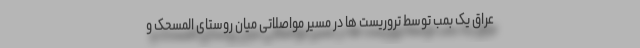
عراق یک بمب توسط تروریست ها در مسیر مواصلاتی میان روستای المسحک و